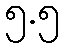
၅.၅